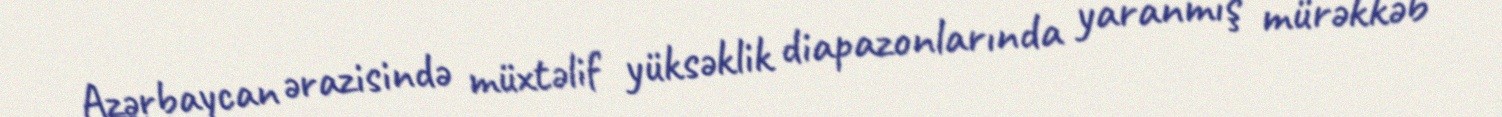
Azərbaycan ərazisində müxtəlif yüksəklik diapazonlarında yaranmış mürəkkəb